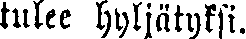
tulee hyljätyksi.